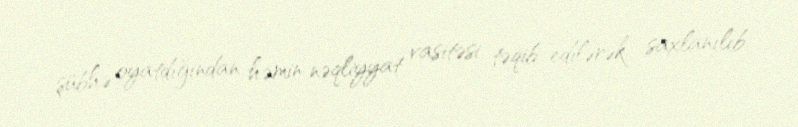
şübhə oyatdığından həmin nəqliyyat vasitəsi təqib edilərək saxlanılıb.